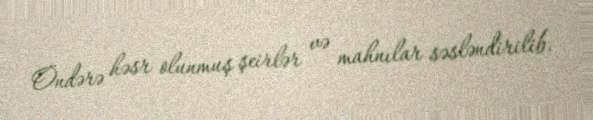
Öndərə həsr olunmuş şeirlər və mahnılar səsləndirilib.